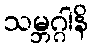
သမ္ဘဂ္ဂါနိ